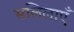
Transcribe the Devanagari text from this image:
सलिलाएँ